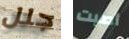
جلل أصبت